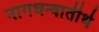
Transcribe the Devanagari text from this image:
नागधन्वातीर्थ